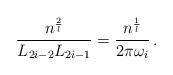
\begin{align*}\frac{n^{\frac{2}{l}}}{L_{2i-2}L_{2i-1}} = \frac{n^{\frac{1}{l}}}{2\pi\omega_i} \,.\end{align*}